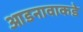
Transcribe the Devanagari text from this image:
आडनावाकडे